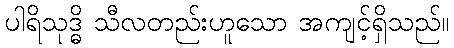
ပါရိသုဒ္ဓိ သီလတည်းဟူသော အကျင့်ရှိသည်။